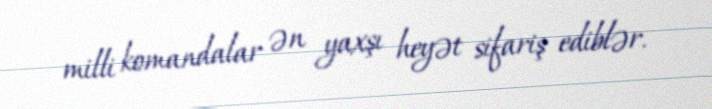
milli komandalar ən yaxşı heyət sifariş ediblər.